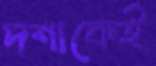
দশাকেই